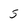
Character: 5